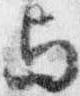
与